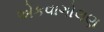
એકવાગોલણ